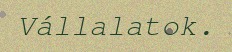
Vállalatok.